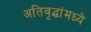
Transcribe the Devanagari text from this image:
अतिवृद्धांमध्ये